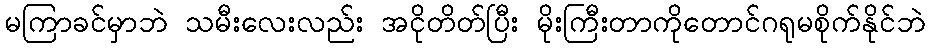
မကြာခင်မှာဘဲ သမီးလေးလည်း အငိုတိတ်ပြီး မိုးကြီးတာကိုတောင်ဂရုမစိုက်နိုင်ဘဲ